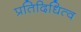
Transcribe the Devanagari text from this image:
प्रतिदिधित्व